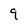
Character: 9